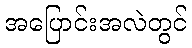
အပြောင်းအလဲတွင်